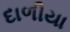
દાળીયા